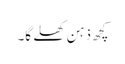
کچھ ذہن کھلے گا۔